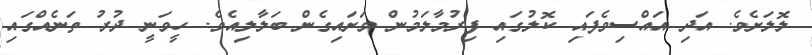
ލޮލަށެވެ. އަދި އައްސިވެފައި ކޮލުގައި ފިރުމާލަމުން ވަށައިގެން ބަލާލިއެވެ. ހީވަނީ ދުރު ތަނެއްގައި